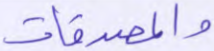
والمصدقات